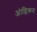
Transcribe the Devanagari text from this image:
अंाग्लिकन